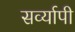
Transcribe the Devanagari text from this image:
सर्व्यापी